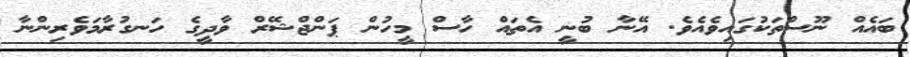
ބައެއް ނޫސްތަކުގައިވެއެވެ. އޭނާ ބުނީ އެތައް ހާސް މީހުން ޕަންޖްޝޭރް ވާދީގެ ހަނގުރާމަވެރިންނާ